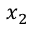
x _ { 2 }